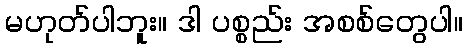
မဟုတ်ပါဘူး။ ဒါ ပစ္စည်း အစစ်တွေပါ။